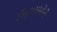
સિતારાઓની